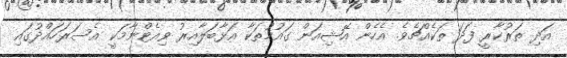
އަދި ތަރުކާރީ ފަދަ ތަކެއްޗެވެ. އެހެން އޭޝިއަން ގައުމުތަކާ އަޅާބަލާއިރު ވިއެޓްނާމަކީ އެސަރަހައްދުގައި